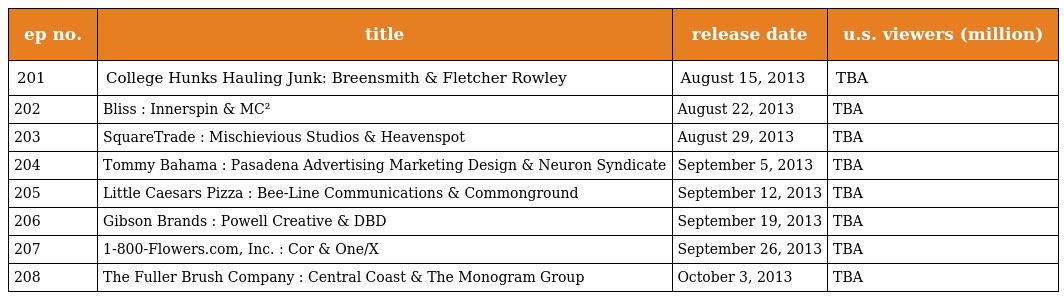
| ep no. | title | release date | u.s. viewers (million) |
 | --- | --- | --- | --- |
 | 201 | College Hunks Hauling Junk: Breensmith & Fletcher Rowley | August 15, 2013 | TBA |
 | 202 | Bliss : Innerspin & MC² | August 22, 2013 | TBA |
 | 203 | SquareTrade : Mischievious Studios & Heavenspot | August 29, 2013 | TBA |
 | 204 | Tommy Bahama : Pasadena Advertising Marketing Design & Neuron Syndicate | September 5, 2013 | TBA |
 | 205 | Little Caesars Pizza : Bee-Line Communications & Commonground | September 12, 2013 | TBA |
 | 206 | Gibson Brands : Powell Creative & DBD | September 19, 2013 | TBA |
 | 207 | 1-800-Flowers.com, Inc. : Cor & One/X | September 26, 2013 | TBA |
 | 208 | The Fuller Brush Company : Central Coast & The Monogram Group | October 3, 2013 | TBA |